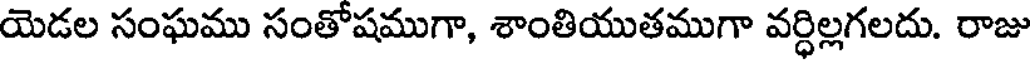
యెడల సంఘము సంతోషముగా, శాంతియుతముగా వర్ధిల్లగలదు. రాజు